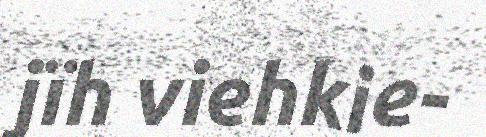
jïh viehkie-